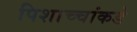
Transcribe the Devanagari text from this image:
पिशाच्चांकडे